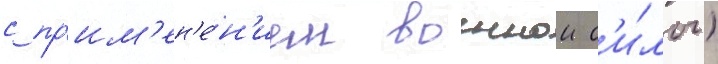
с пр'им'ен'е́н'ием военнои с'и́лы)